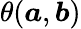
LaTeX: \theta({\boldsymbol{a}},{\boldsymbol{b}})